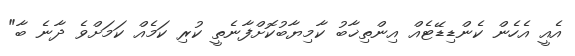
އެއީ އެހެން ކެންޑިޑޭޓެއް އިންތިޚާބު ކާމިޔާބުކޮށްފާނެތީ ކުރި ކަމެއް ކަމަށްވެ ދާނެ ބާ"